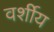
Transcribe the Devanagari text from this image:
वर्शीय